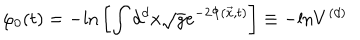
\varphi _ { 0 } ( t ) = - \mathrm { l n } \left[ \int d ^ { d } x \sqrt { g } e ^ { - 2 \Phi ( { \vec { x } } , t ) } \right] \equiv - \mathrm { l n } V ^ { ( d ) }